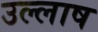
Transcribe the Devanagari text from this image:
उल्लाष